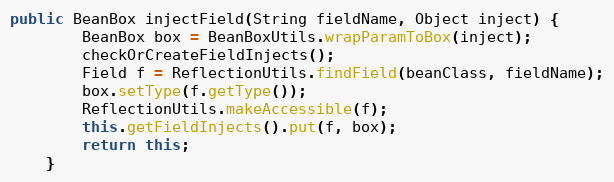
Language: Java
public BeanBox injectField(String fieldName, Object inject) {
		BeanBox box = BeanBoxUtils.wrapParamToBox(inject);
		checkOrCreateFieldInjects();
		Field f = ReflectionUtils.findField(beanClass, fieldName);
		box.setType(f.getType());
		ReflectionUtils.makeAccessible(f);
		this.getFieldInjects().put(f, box);
		return this;
	}